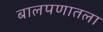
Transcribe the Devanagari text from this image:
बालपणातला